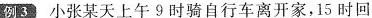
例3 小张某天上午9时骑自行车离开家，15时回